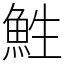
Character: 鮏